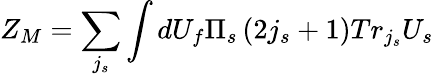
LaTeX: Z_{M}=\sum_{j_{s}}\int dU_{f}\Pi_{s}\left(2j_{s}+1\right)Tr_{j_{s}}U_{s}